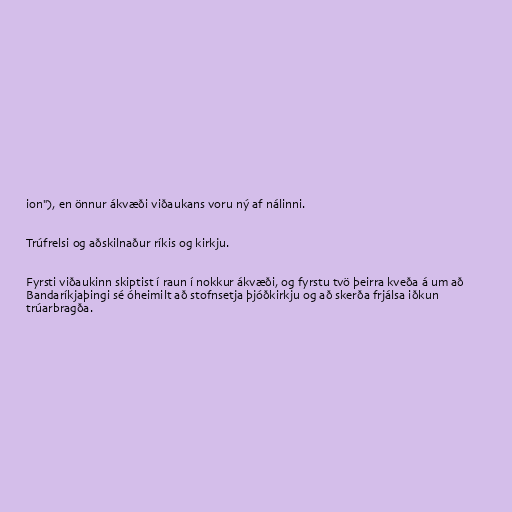
ion"), en önnur ákvæði viðaukans voru ný af nálinni.

Trúfrelsi og aðskilnaður ríkis og kirkju.

Fyrsti viðaukinn skiptist í raun í nokkur ákvæði, og fyrstu tvö þeirra kveða á um að
Bandaríkjaþingi sé óheimilt að stofnsetja þjóðkirkju og að skerða frjálsa iðkun
trúarbragða.